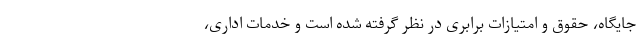
جایگاه، حقوق و امتیازات برابری در نظر گرفته شده است و خدمات اداری،